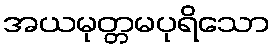
အယမုတ္တမပုရိသော